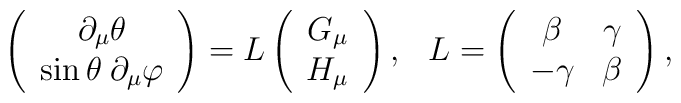
\left(\begin{array}{c}\partial_\mu\theta\\\sin\theta\hspace{1mm}\partial_\mu\varphi\end{array}\right)=L\left(\begin{array}{c}G_\mu\\H_\mu\end{array}\right),\hspace{3mm}L=\left(\begin{array}{cc}\beta & \gamma\\-\gamma & \beta\end{array}\right),